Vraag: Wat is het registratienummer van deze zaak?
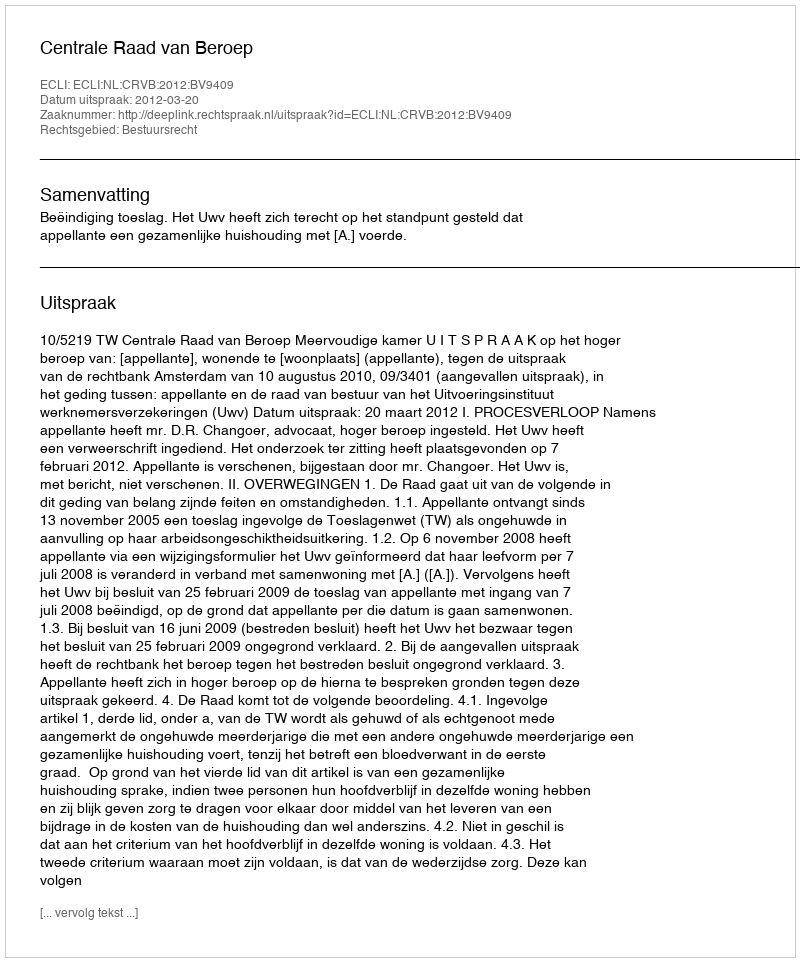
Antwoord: http://deeplink.rechtspraak.nl/uitspraak?id=ECLI:NL:CRVB:2012:BV9409